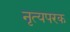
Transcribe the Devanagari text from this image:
नृत्यपरक